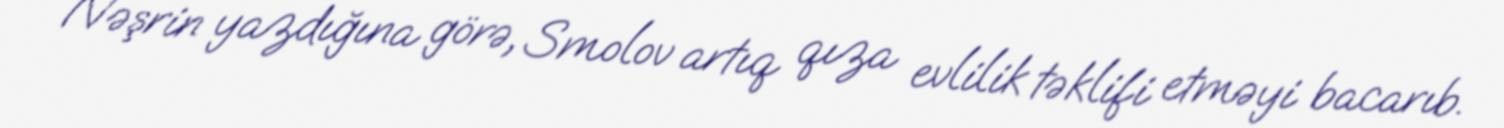
Nəşrin yazdığına görə, Smolov artıq qıza evlilik təklifi etməyi bacarıb.